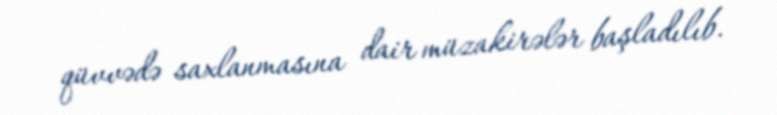
qüvvədə saxlanmasına dair müzakirələr başladılıb.